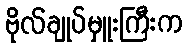
ဗိုလ်ချုပ်မှူးကြီးက